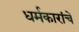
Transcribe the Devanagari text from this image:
धर्मकारांचें